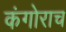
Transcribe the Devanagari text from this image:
कंगोराच